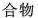
合物